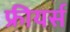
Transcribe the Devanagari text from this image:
फ्रीयर्स